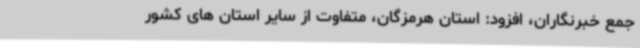
جمع خبرنگاران، افزود: استان هرمزگان، متفاوت از سایر استان های کشور